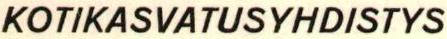
KOTIKASVATUSYHDISTYS